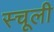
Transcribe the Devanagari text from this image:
स्चूली